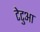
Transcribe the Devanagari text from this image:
टेटुआ